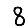
Digit: 8